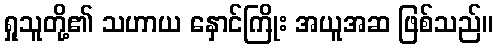
ရှုသူတို့၏ သဟာယ နှောင်ကြိုး အယူအဆ ဖြစ်သည်။